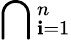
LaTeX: \bigcap{}_{\mathbf{i}=1}^{n}